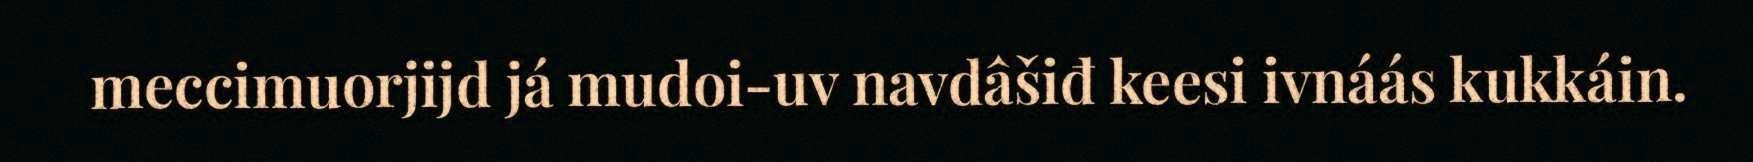
meccimuorjijd já mudoi-uv navdâšiđ keesi ivnáás kukkáin.